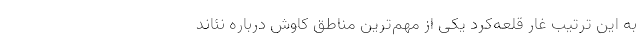
به این ترتیب غار قلعه‌کرد یکی از مهم‌ترین مناطق کاوش درباره نئاند